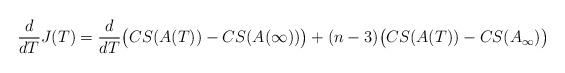
LaTeX: \begin{align*}\frac{d}{dT}J(T)=\frac{d}{dT}\big{(}CS(A(T))-CS(A(\infty))\big{)}+(n-3)\big{(}CS(A(T))-CS(A_{\infty})\big{)}\end{align*}